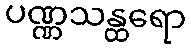
ပဏ္ဏသန္ထရော